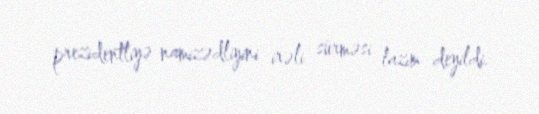
prezidentliyə namizədliyini irəli sürməsi lazım deyildi.